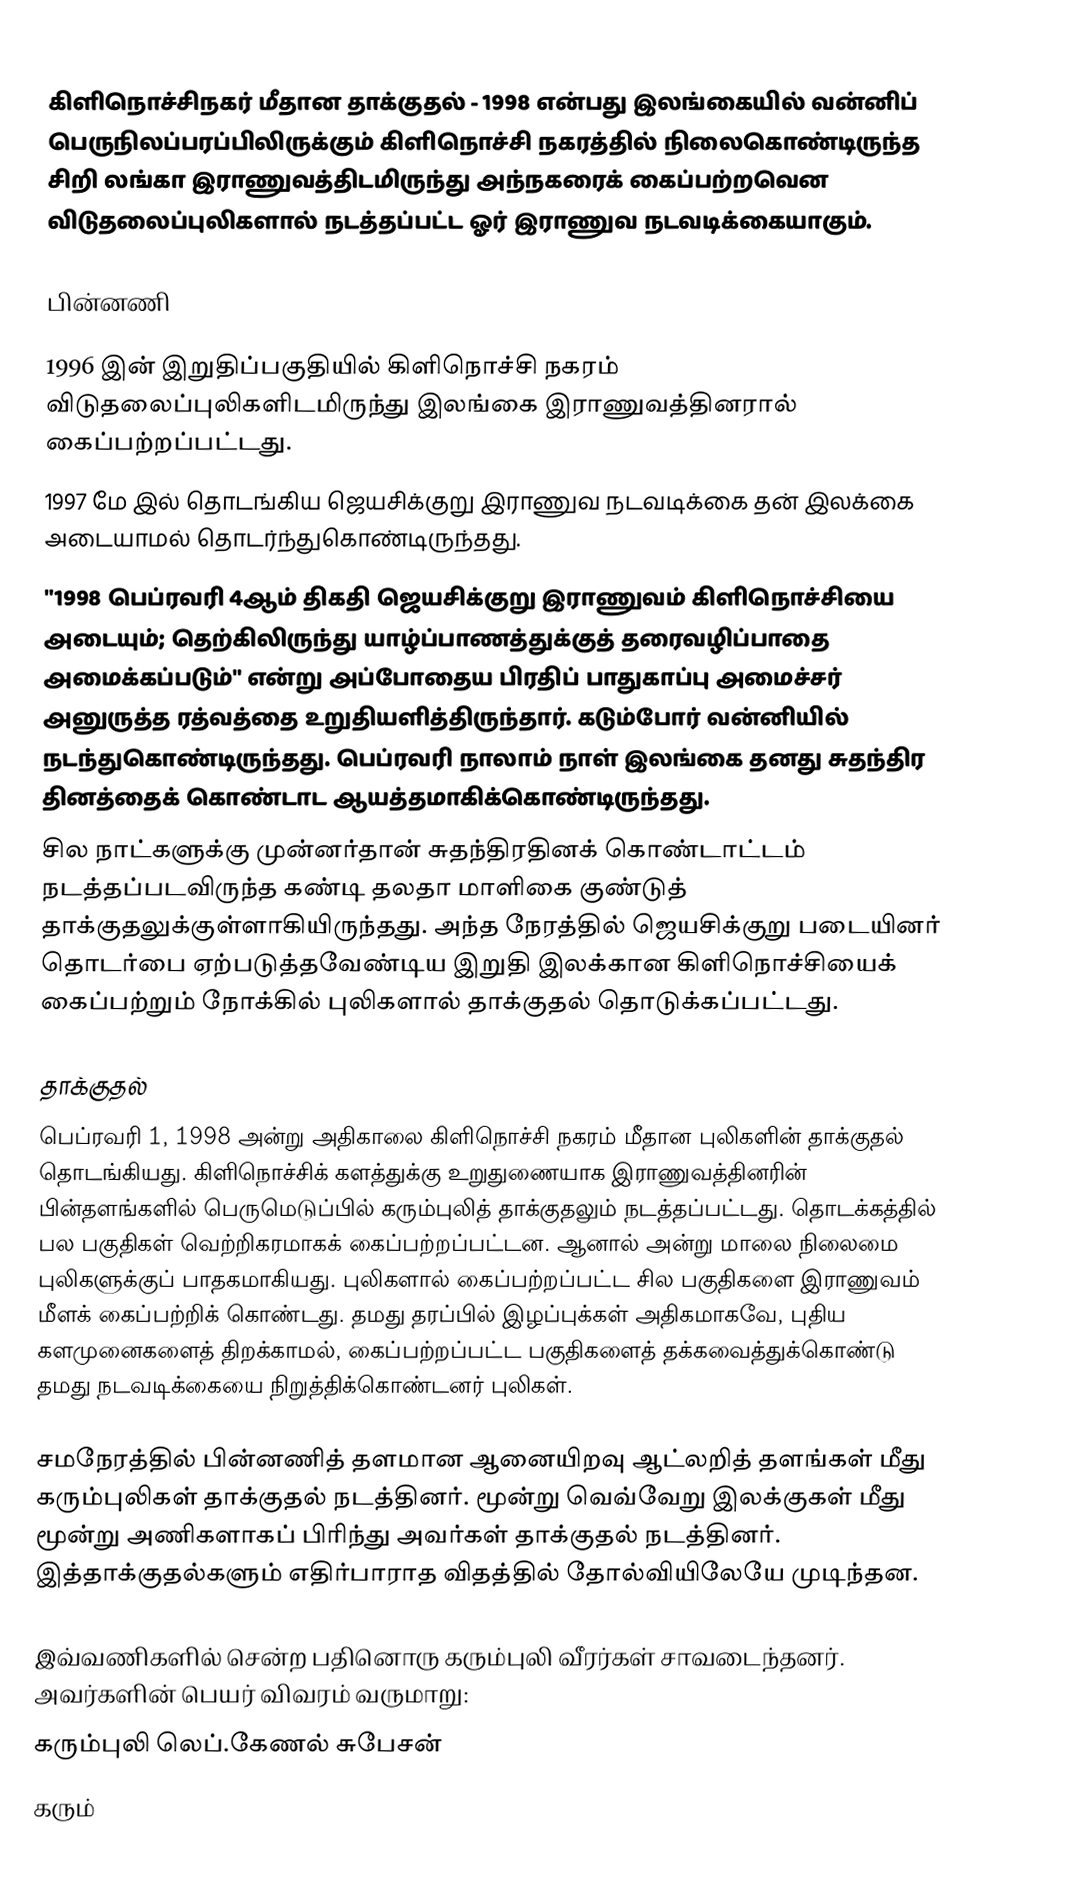
கிளிநொச்சிநகர் மீதான தாக்குதல் - 1998 என்பது இலங்கையில் வன்னிப் பெருநிலப்பரப்பிலிருக்கும் கிளிநொச்சி நகரத்தில் நிலைகொண்டிருந்த சிறி லங்கா இராணுவத்திடமிருந்து அந்நகரைக் கைப்பற்றவென விடுதலைப்புலிகளால் நடத்தப்பட்ட ஓர் இராணுவ நடவடிக்கையாகும்.

பின்னணி

 1996 இன் இறுதிப்பகுதியில் கிளிநொச்சி நகரம் விடுதலைப்புலிகளிடமிருந்து இலங்கை இராணுவத்தினரால் கைப்பற்றப்பட்டது.
 1997 மே இல் தொடங்கிய ஜெயசிக்குறு இராணுவ நடவடிக்கை தன் இலக்கை அடையாமல் தொடர்ந்துகொண்டிருந்தது.
 "1998 பெப்ரவரி 4ஆம் திகதி ஜெயசிக்குறு இராணுவம் கிளிநொச்சியை அடையும்; தெற்கிலிருந்து யாழ்ப்பாணத்துக்குத் தரைவழிப்பாதை அமைக்கப்படும்" என்று அப்போதைய பிரதிப் பாதுகாப்பு அமைச்சர் அனுருத்த ரத்வத்தை உறுதியளித்திருந்தார். கடும்போர் வன்னியில் நடந்துகொண்டிருந்தது. பெப்ரவரி நாலாம் நாள் இலங்கை தனது சுதந்திர தினத்தைக் கொண்டாட ஆயத்தமாகிக்கொண்டிருந்தது.
 சில நாட்களுக்கு முன்னர்தான் சுதந்திரதினக் கொண்டாட்டம் நடத்தப்படவிருந்த கண்டி தலதா மாளிகை குண்டுத் தாக்குதலுக்குள்ளாகியிருந்தது. அந்த நேரத்தில் ஜெயசிக்குறு படையினர் தொடர்பை ஏற்படுத்தவேண்டிய இறுதி இலக்கான கிளிநொச்சியைக் கைப்பற்றும் நோக்கில் புலிகளால் தாக்குதல் தொடுக்கப்பட்டது.

தாக்குதல்
பெப்ரவரி 1, 1998 அன்று அதிகாலை கிளிநொச்சி நகரம் மீதான புலிகளின் தாக்குதல் தொடங்கியது. கிளிநொச்சிக் களத்துக்கு உறுதுணையாக இராணுவத்தினரின் பின்தளங்களில் பெருமெடுப்பில் கரும்புலித் தாக்குதலும் நடத்தப்பட்டது. தொடக்கத்தில் பல பகுதிகள் வெற்றிகரமாகக் கைப்பற்றப்பட்டன. ஆனால் அன்று மாலை நிலைமை புலிகளுக்குப் பாதகமாகியது. புலிகளால் கைப்பற்றப்பட்ட சில பகுதிகளை இராணுவம் மீளக் கைப்பற்றிக் கொண்டது. தமது தரப்பில் இழப்புக்கள் அதிகமாகவே, புதிய களமுனைகளைத் திறக்காமல், கைப்பற்றப்பட்ட பகுதிகளைத் தக்கவைத்துக்கொண்டு தமது நடவடிக்கையை நிறுத்திக்கொண்டனர் புலிகள்.

சமநேரத்தில் பின்னணித் தளமான ஆனையிறவு ஆட்லறித் தளங்கள் மீது கரும்புலிகள் தாக்குதல் நடத்தினர். மூன்று வெவ்வேறு இலக்குகள் மீது மூன்று அணிகளாகப் பிரிந்து அவர்கள் தாக்குதல் நடத்தினர். இத்தாக்குதல்களும் எதிர்பாராத விதத்தில் தோல்வியிலேயே முடிந்தன.

இவ்வணிகளில் சென்ற பதினொரு கரும்புலி வீரர்கள் சாவடைந்தனர். அவர்களின் பெயர் விவரம் வருமாறு:
 கரும்புலி லெப்.கேணல் சுபேசன்
 கரும்